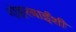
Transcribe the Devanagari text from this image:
गोहरबाईंशी